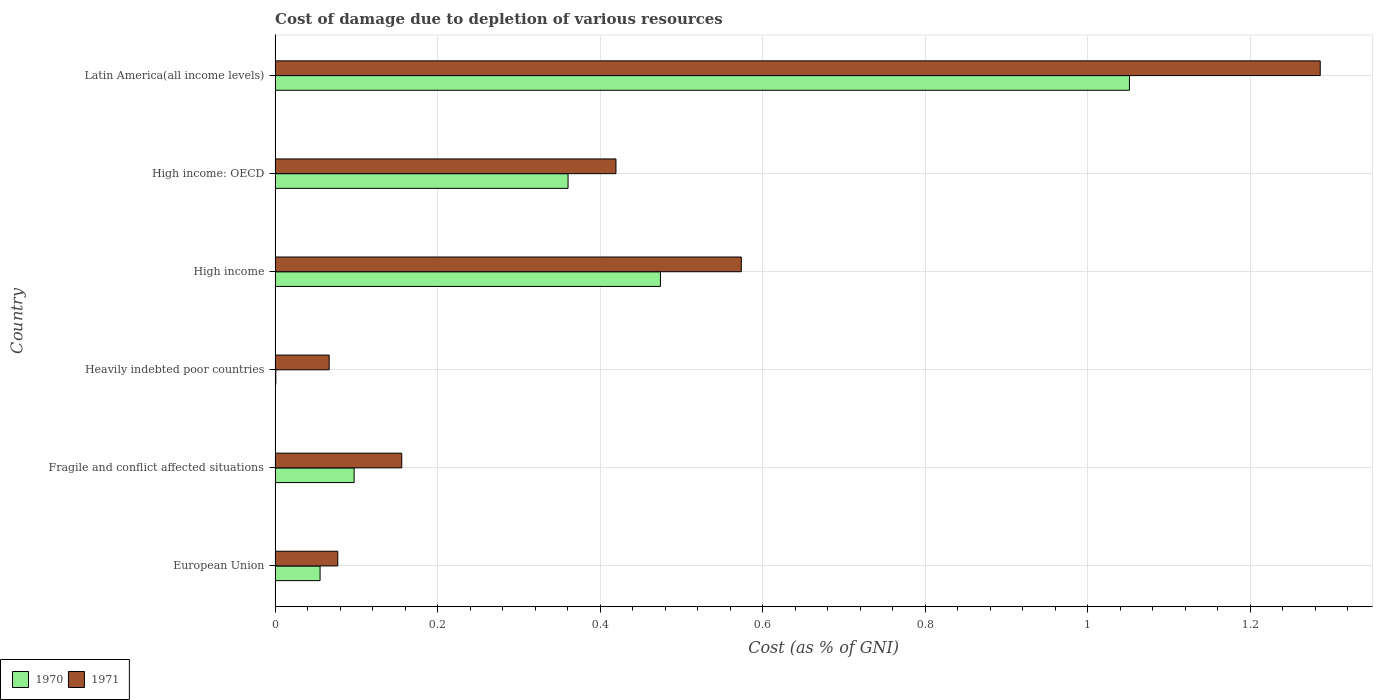
| Country | 1970 | 1971 |
 | --- | --- | --- |
 | European Union | 0.0554 | 0.0771 |
 | Fragile and conflict affected situations | 0.0973 | 0.156 |
 | Heavily indebted poor countries | 0.000904 | 0.0666 |
 | High income | 0.474 | 0.574 |
 | High income: OECD | 0.361 | 0.419 |
 | Latin America(all income levels) | 1.05 | 1.29 |